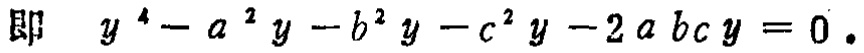
即 \(y^{4}-a^{2}y - b^{2}y - c^{2}y - 2abc y = 0\).